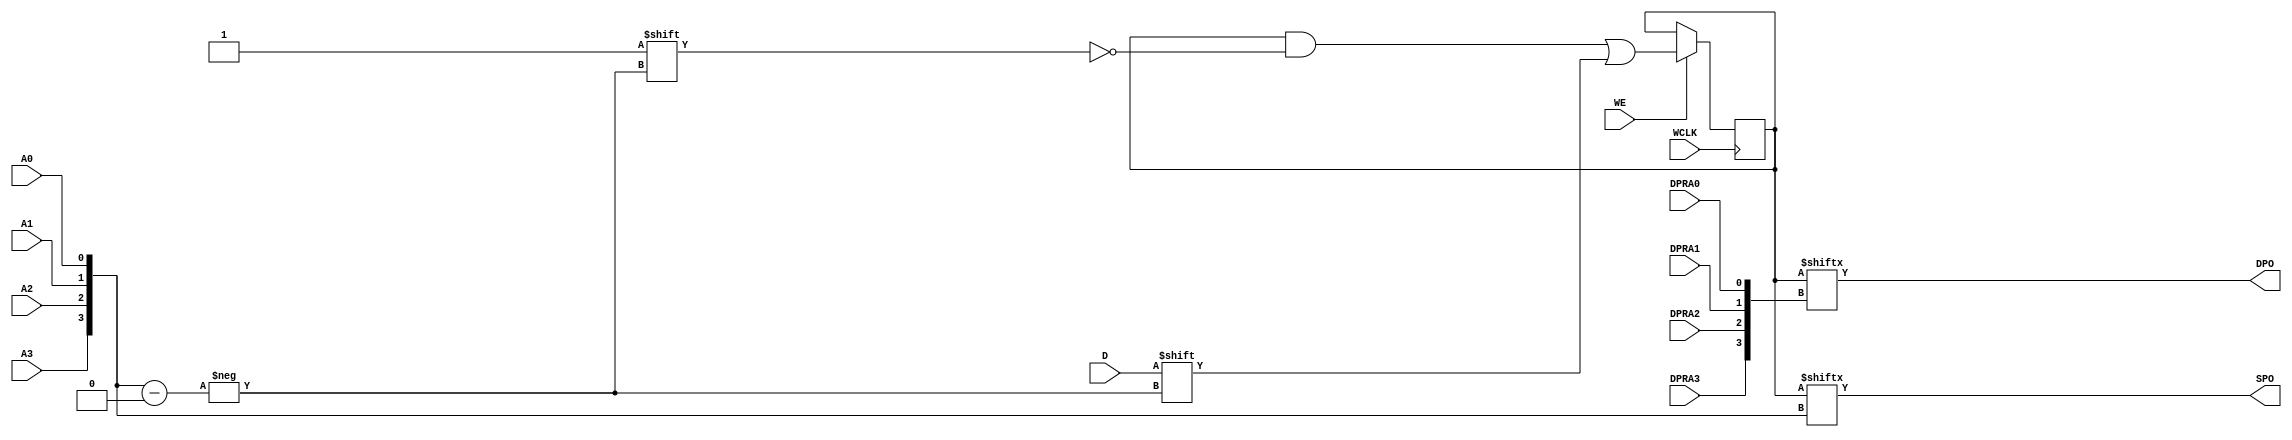
module RAM16X1D_1 (DPO, SPO, A0, A1, A2, A3, D, DPRA0, DPRA1, DPRA2, DPRA3, WCLK, WE);

    parameter INIT = 16'h0000;

    output DPO, SPO;

    input  A0, A1, A2, A3, D, DPRA0, DPRA1, DPRA2, DPRA3, WCLK, WE;

    reg  [15:0] mem;
    wire [3:0] adr;

    assign adr = {A3, A2, A1, A0};
    assign SPO = mem[adr];
    assign DPO = mem[{DPRA3, DPRA2, DPRA1, DPRA0}];

    initial 
        mem = INIT;

    always @(negedge WCLK) 
        if (WE == 1'b1)
            mem[adr] <= #100 D;


endmodule